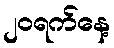
၂၀ရက်နေ့